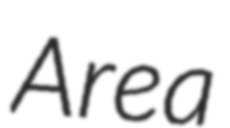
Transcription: Area